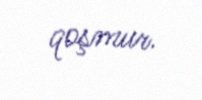
qoşmur.